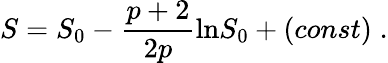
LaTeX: S=S_{0}-\frac{p+2}{2p}\mathrm{ln}S_{0}+(const)\; .